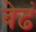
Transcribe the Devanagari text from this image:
बेढं